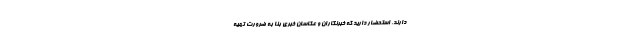
دارند. استحضار دارید که خبرنگاران و عکاسان خبری بنا به ضرورت تهیه